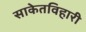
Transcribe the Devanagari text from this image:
साकेतविहारी